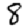
Digit: 8